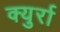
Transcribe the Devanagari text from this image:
क्युर्रा